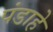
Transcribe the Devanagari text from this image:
पंडाहे